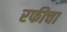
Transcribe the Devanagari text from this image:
रफीचा